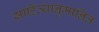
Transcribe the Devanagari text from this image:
साहित्यानुमानित